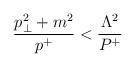
LaTeX: \begin{align*}{p_\perp^2+m^2\over p^+} < {\Lambda^2\over P^+}\end{align*}